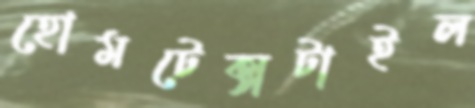
হোমটেক্সটাইল